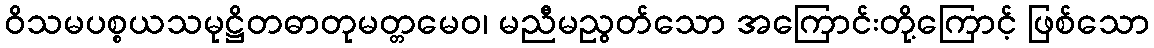
ဝိသမပစ္စယသမုဋ္ဌိတဓာတုမတ္တမေဝ၊ မညီမညွတ်သော အကြောင်းတို့ကြောင့် ဖြစ်သော